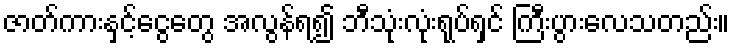
ဇာတ်ကားနှင့်ငွေတွေ အလွန်ရ၍ ဘီသုံးလုံးရုပ်ရှင် ကြီးပွားလေသတည်း။